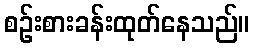
စဉ်းစားခန်းထုတ်နေသည်။